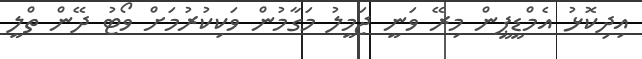
އިދިކޮޅު އެމްޑީޕީން މިރޭ ވަނީ ޖަމީލު މަގާމުން ވަކިކުރުމަށް ވޯޓު ދޭން ތްލީ